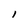
Character: l